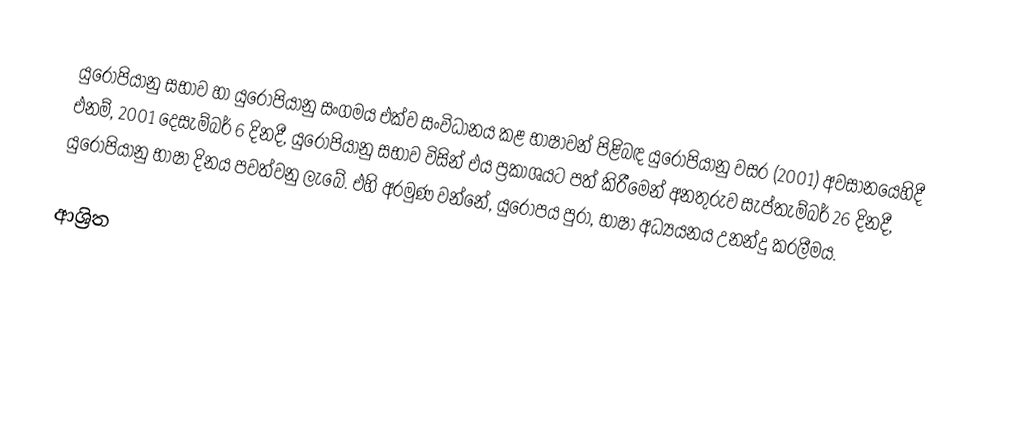
යුරෝපියානු සභාව හා යුරෝපියානු සංගමය එක්ව සංවිධානය කළ භාෂාවන් පිළිබඳ යුරෝපියානු වසර (2001) අවසානයෙහිදී එනම්,  2001 දෙසැම්බර් 6 දිනදී,  යුරෝපියානු සභාව විසින් එය ප්‍රකාශයට පත් කිරීමෙන් අනතුරුව  සැප්තැම්බර් 26 දිනදී,   යුරෝපියානු භාෂා දිනය  පවත්වනු ලැබේ. එහි අරමුණ වන්නේ,  යුරෝපය පුරා, භාෂා අධ්‍යයනය උනන්දු කරලීමය.

ආශ්‍රිත